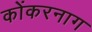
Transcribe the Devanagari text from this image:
कोंकरनाग